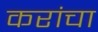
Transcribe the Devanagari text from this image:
करांचा